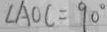
\angle A O C = 9 0 ^ { \circ }